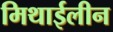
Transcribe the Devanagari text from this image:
मिथाईलीन